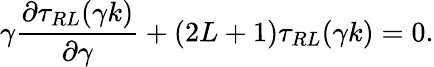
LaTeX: \gamma\frac{{\partial}\tau_{RL}(\gamma k)}{{\partial}\gamma}+(2L+1)\tau_{RL}(\gamma k)=0.